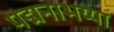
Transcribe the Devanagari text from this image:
पद्मनाभय्या